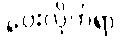
ပေးလိုက်ရာ